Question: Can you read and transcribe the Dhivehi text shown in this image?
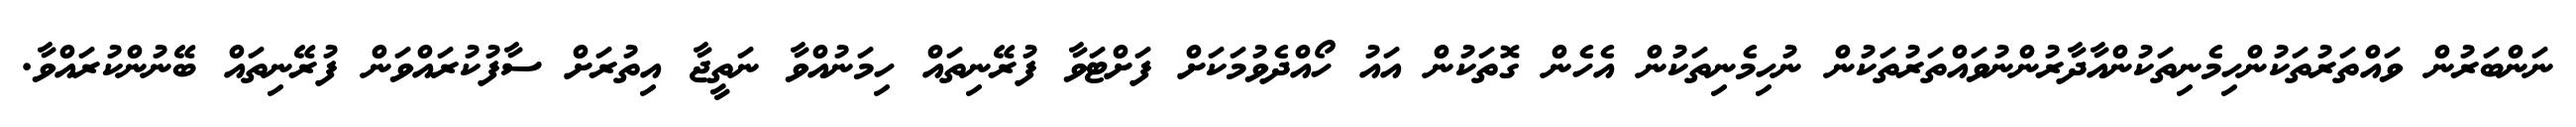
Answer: ނަންބަރުން ވައްތަރުތަކުންހިމެނިތަކުންއާދާރުންނުވައްތަރުތަކުން ނުހިމެނިތަކުން އެހެން ގޮތަކުން އައު ހޯއްދެވުމަކަށް ފަށްޓަވާ ފުރޭނިތައް ހިމަނުއްވާ ނަތީޖާ އިތުރަށް ސާފުކުރައްވަން ފުރޭނިތައް ބޭނުންކުރައްވާ.